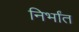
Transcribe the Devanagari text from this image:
निर्भांत